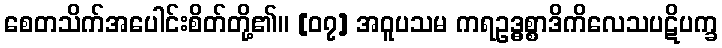
စေတသိက်အပေါင်းစိတ်တို့၏။ [၀၇] အဝူပသမ ကရဥဒ္ဓစ္စာဒိကိလေသပဋိပက္ခ